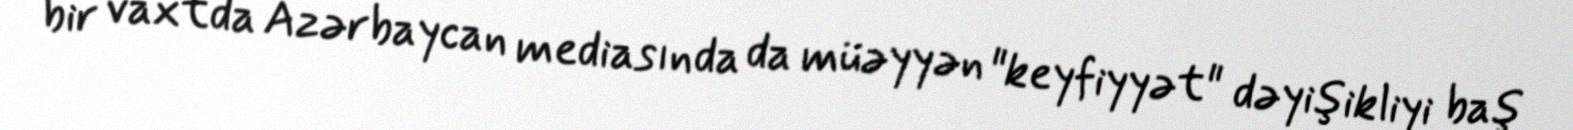
bir vaxtda Azərbaycan mediasında da müəyyən "keyfiyyət" dəyişikliyi baş